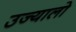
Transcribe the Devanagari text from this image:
उज्यालो